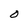
Character: O